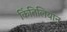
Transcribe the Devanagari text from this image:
किंतिलियान